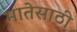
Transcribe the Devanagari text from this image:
मातेसाठी